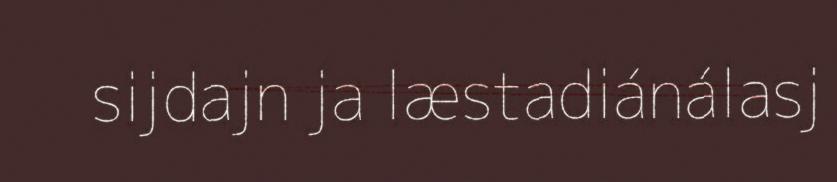
sijdajn ja læstadiánálasj